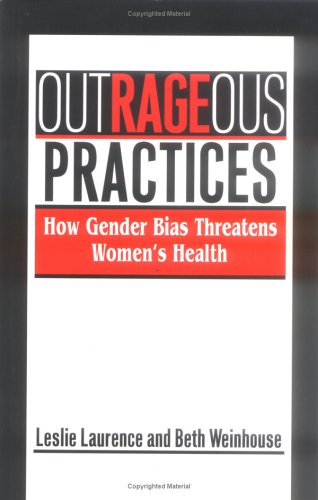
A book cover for Outrageous Practices: The Alarming Truth About how medicine mistreats Women; Professor Leslie Laurence; Health, Fitness & Dieting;